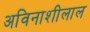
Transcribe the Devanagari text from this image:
अविनाशीलाल